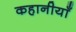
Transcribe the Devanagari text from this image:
कहानीयाँ